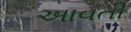
અાવતી